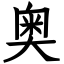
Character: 奥